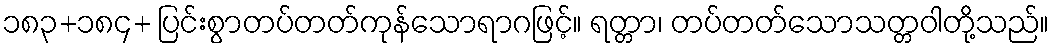
၁၈၃+၁၈၄+ ပြင်းစွာတပ်တတ်ကုန်သောရာဂဖြင့်။ ရတ္တာ၊ တပ်တတ်သောသတ္တဝါတို့သည်။